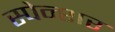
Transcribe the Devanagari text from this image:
स्पेन्शर